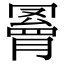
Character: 𦌄